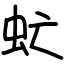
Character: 虻